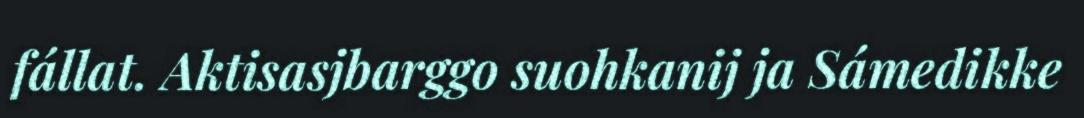
fállat. Aktisasjbarggo suohkanij ja Sámedikke